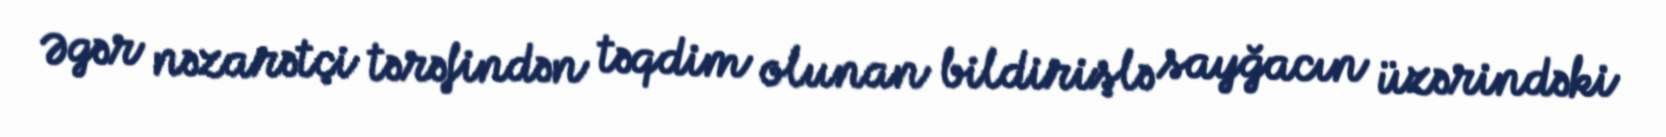
Əgər nəzarətçi tərəfindən təqdim olunan bildirişlə sayğacın üzərindəki